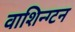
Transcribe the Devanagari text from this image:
वाशिन्ग्टन